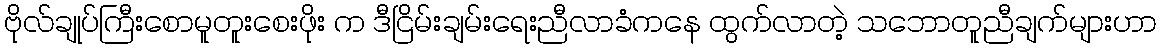
ဗိုလ်ချုပ်ကြီးစောမူတူးစေးဖိုး က ဒီငြိမ်းချမ်းရေးညီလာခံကနေ ထွက်လာတဲ့ သဘောတူညီချက်များဟာ